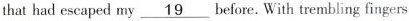
that had escaped my \underline{19} before. With trembling fingers